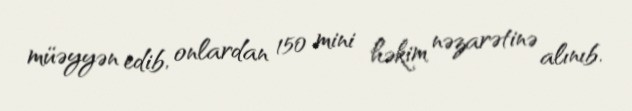
müəyyən edib, onlardan 150 mini həkim nəzarətinə alınıb.